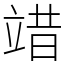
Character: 䇎